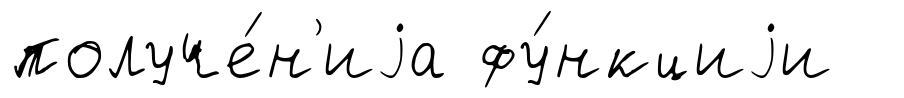
получе́н'иjа фу́нкциjи